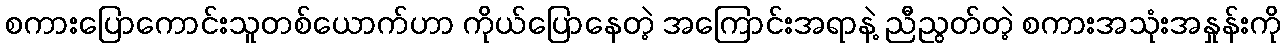
စကားပြောကောင်းသူတစ်ယောက်ဟာ ကိုယ်ပြောနေတဲ့ အကြောင်းအရာနဲ့ ညီညွတ်တဲ့ စကားအသုံးအနှုန်းကို